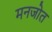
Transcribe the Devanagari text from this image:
मनजोत